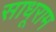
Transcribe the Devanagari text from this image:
साधूराम